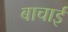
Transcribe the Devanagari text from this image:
बाचाई